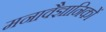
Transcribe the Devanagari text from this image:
मनावैज्ञानिकों